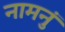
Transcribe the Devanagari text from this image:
नामनुं